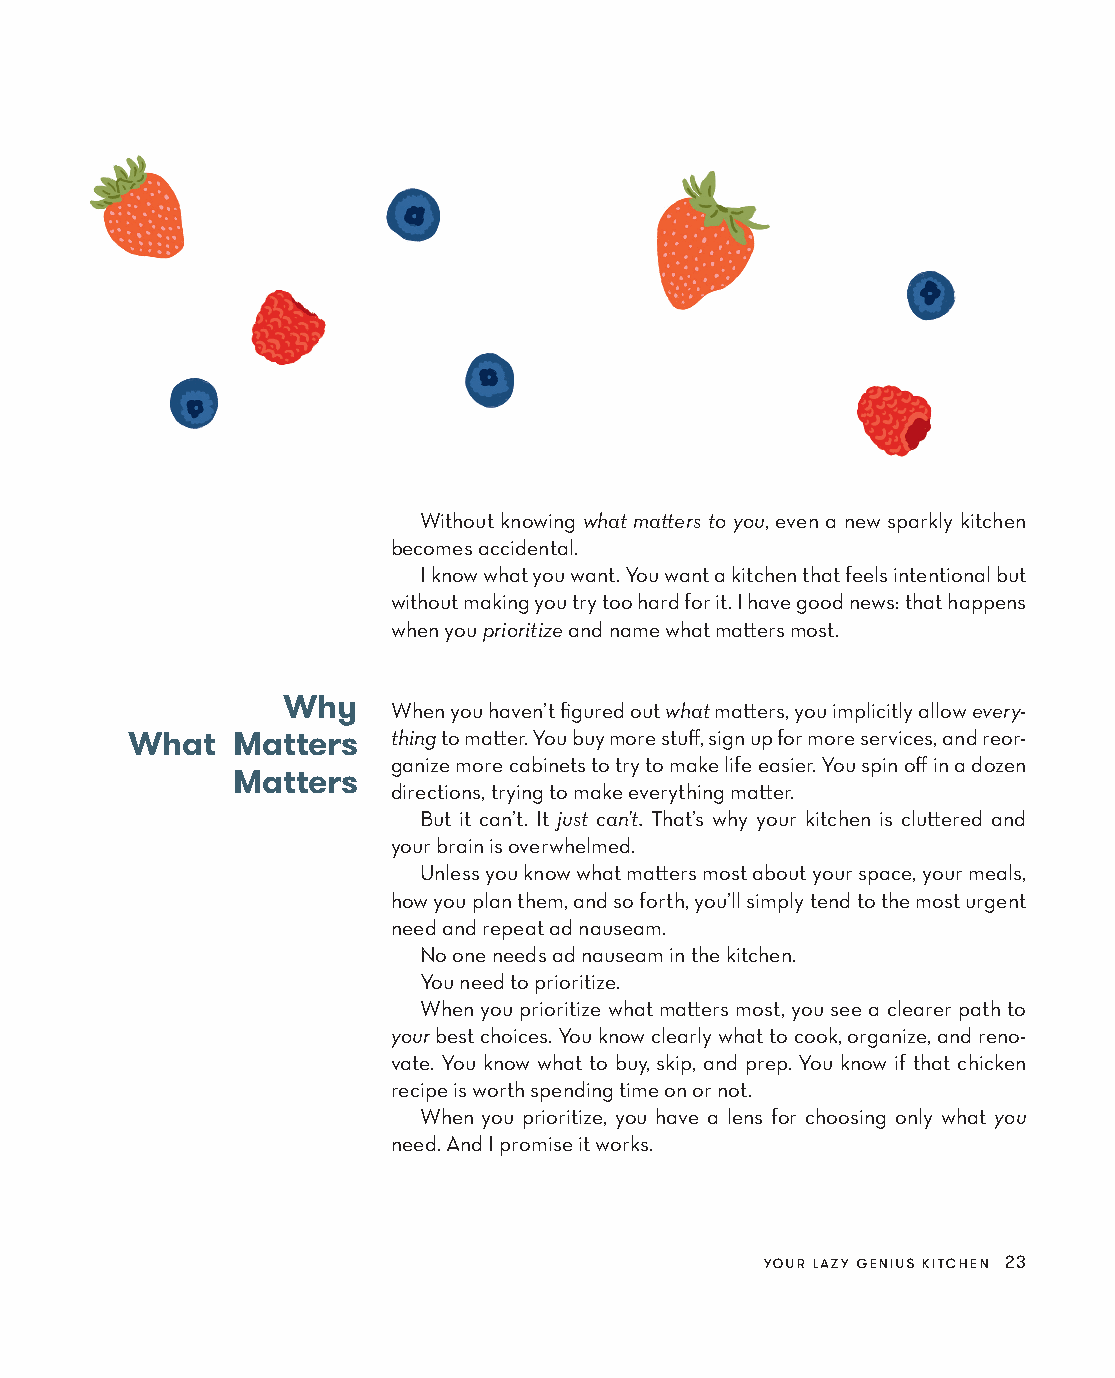
Without knowing what matters to you, even a new sparkly kitchen
 becomes accidental.
 I know what you want. You want a kitchen that feels intentional but
 without making you try too hard for it. I have good news: that happens
 when you prioritize and name what matters most.
 Why
 When you haven’t figured out what matters, you implicitly allow every-
 What   Matters   thing to matter. You buy more stuff, sign up for more services, and reor-
 ganize more cabinets to try to make life easier. You spin off in a dozen
 Matters
 directions, trying to make everything matter.
 But it can’t. It just can’t. That’s why your kitchen is cluttered and
 your brain is overwhelmed.
 Unless you know what matters most about your space, your meals,
 how you plan them, and so forth, you’ll simply tend to the most urgent
 need and repeat ad nauseam.
 No one needs ad nauseam in the kitchen.
 You need to prioritize.
 When you prioritize what matters most, you see a clearer path to
 your best choices. You know clearly what to cook, organize, and reno-
 vate. You know what to buy, skip, and prep. You know if that chicken
 recipe is worth spending time on or not.
 When you prioritize, you have a lens for choosing only what you
 need. And I promise it works.
 your lazy genius kitchen 23
 AAddaacc__99778800552255665533994433__aallll__55pp__rr22..iinndddd 2233 1100//2222//2211 99::1188 AAMM